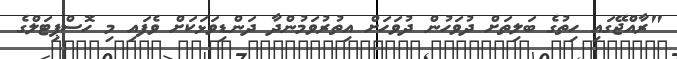
"ރާއްޖޭގައި ހިތުގެ ބަލިތަށް ދުވަހުން ދުވަހަށް އިތުރުވަމުންދާ ދަންޑިވަޅަކަށް ވެފައި މި ހޮސްޕިޓަލްގެ